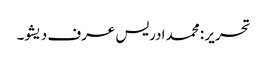
تحریر : محمد ادریس عرف دیشو۔